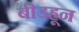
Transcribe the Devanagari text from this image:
बीडहून